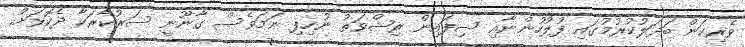
ވެރިކަން ބަދަލުކުރުމުގައި ފުލުހުންނާއި ސިފައިން ރިޝްވަތު ނުހިފި ނަމަވެސް ގާނޫނީ ސަރުކާރަކާ ދެކޮޅަށް